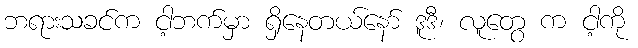
ဘရားသခင်က ငါ့ဘက်မှာ ရှိနေတယ်နော် ဒူဒီ၊ လူတွေ က ငါ့ကို